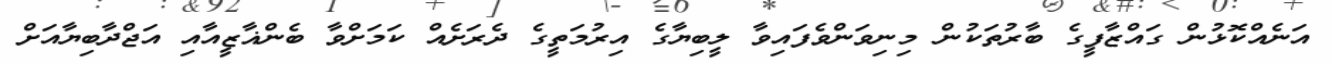
އަނެއްކޮޅުން ގައްޒާފީގެ ބާރުތަކުން މިނިވަންވެފައިވާ ލީބިޔާގެ އިރުމަތީގެ ދެރަށެއް ކަމަށްވާ ބެންޣާޒީއާއި އަޖްދާބިޔާއަށް